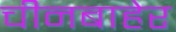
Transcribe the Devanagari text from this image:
चीनबाहेर